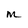
Character: M